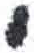
אות: י